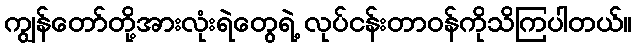
ကျွန်တော်တို့အားလုံးရဲတွေရဲ့ လုပ်ငန်းတာဝန်ကိုသိကြပါတယ်။